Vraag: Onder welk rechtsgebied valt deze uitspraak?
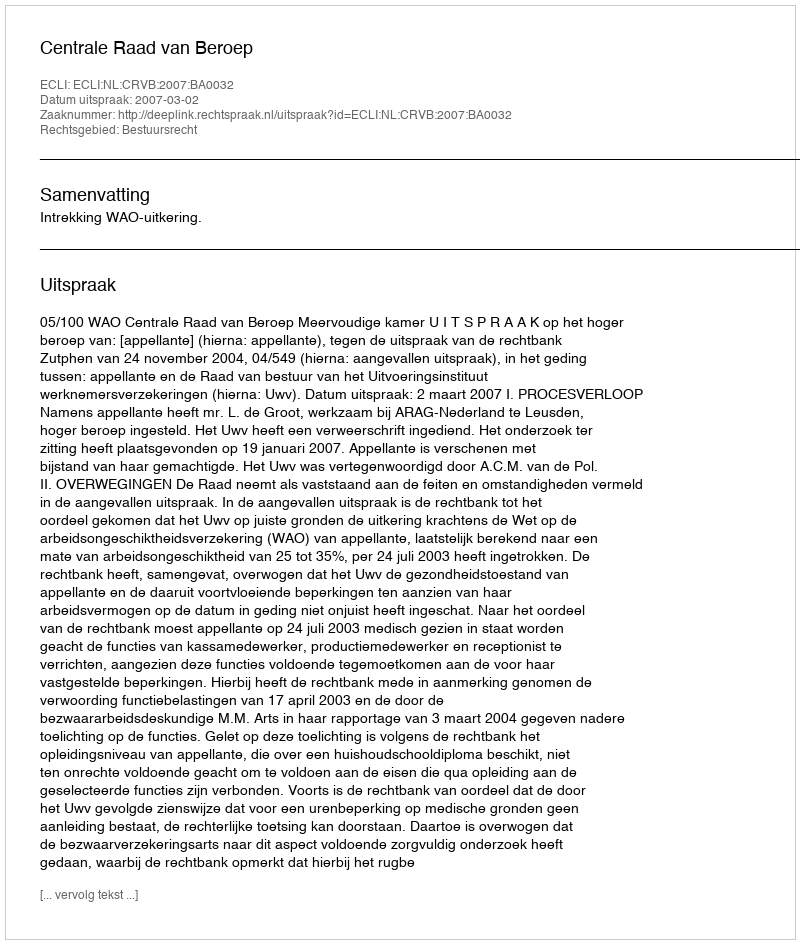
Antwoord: Bestuursrecht